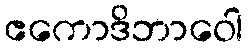
ဧကောဒိဘာဝေါ